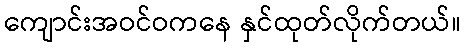
ကျောင်းအဝင်ဝကနေ နှင်ထုတ်လိုက်တယ်။